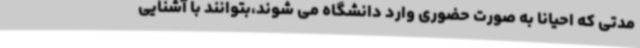
مدتی که احیانا به صورت حضوری وارد دانشگاه می شوند،بتوانند با آشنایی